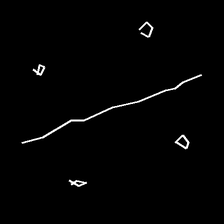
Glyph: cool